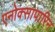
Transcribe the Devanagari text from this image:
एनोक्सापारिन